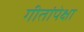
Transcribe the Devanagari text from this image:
गीतांपेक्षा